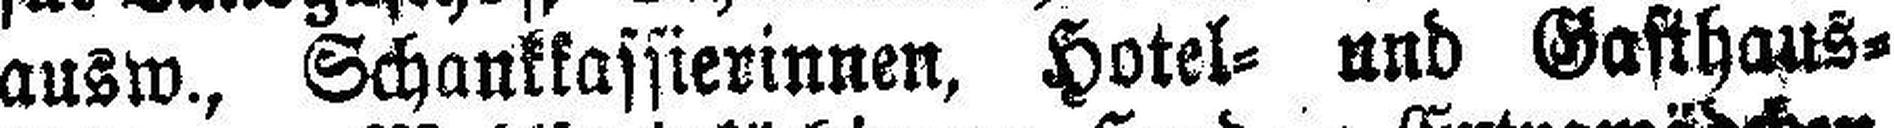
ausw., Schankkassierinnen, Hotel= und Gasthaus¬